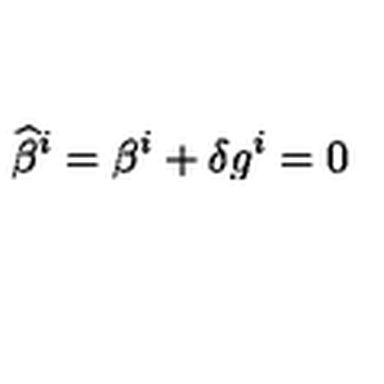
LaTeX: { \widehat \beta } ^ { i } = \beta ^ { i } + \delta g ^ { i } = 0